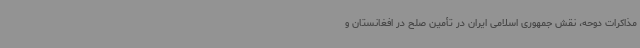
مذاکرات دوحه، نقش جمهوری اسلامی ایران در تأمین صلح در افغانستان و